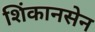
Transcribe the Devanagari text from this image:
शिंकानसेन